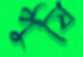
পুষি